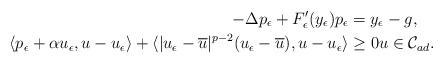
LaTeX: \begin{align*}-\Delta p_{\epsilon} + F_{\epsilon}'(y_{\epsilon}) p_{\epsilon} & = y_{\epsilon}-g,\\\langle p_{\epsilon} +\alpha u_{\epsilon}, u-u_{\epsilon} \rangle +\langle |u_{\epsilon}-\overline{u}|^{p-2} (u_{\epsilon}-\overline{u}), u-u_{\epsilon} \rangle&\ge 0 u\in \mathcal{C}_{ad}. \end{align*}